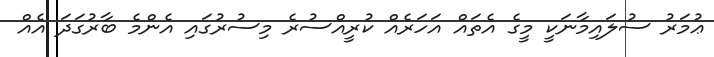
ޢުމަރު ސުލައިމާނަކީ މީގެ އެތައް އަހަރެއް ކުރީއްސުރެ މިސުރުގައި އެންމެ ބާރުގަދަ އެއް